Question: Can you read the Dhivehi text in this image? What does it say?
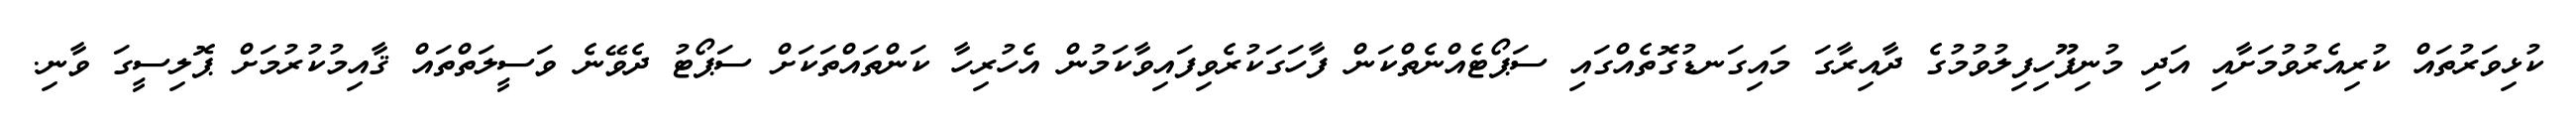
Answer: ކުޅިވަރުތައް ކުރިއެރުވުމަށާއި އަދި މުނިފޫހިފިލުވުމުގެ ދާއިރާގަ މައިގަނޑުގޮތެއްގައި ސަޕޯޓެއްނެތްކަން ފާހަގަކުރެވިފައިވާކަމުން އެހުރިހާ ކަންތައްތަކަށް ސަޕޯޓު ދެވޭނެ ވަސީލަތްތައް ޤާއިމުކުރުމަށް ޕޮލިސީގަ ވާނި.